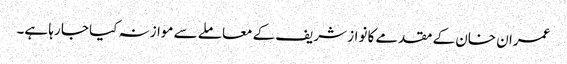
عمران خان کے مقدمے کا نواز شریف کے معاملے سے موازنہ کیا جا رہا ہے۔